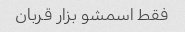
فقط اسمشو بزار قربان